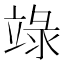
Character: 𥪋